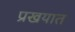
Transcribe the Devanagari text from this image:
प्रखयात